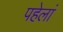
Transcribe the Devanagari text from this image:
पहेलां